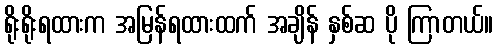
ရိုးရိုးရထားက အမြန်ရထားထက် အချိန် နှစ်ဆ ပို ကြာတယ်။